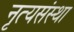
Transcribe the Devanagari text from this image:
नृत्यसंस्था